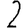
Digit: 2